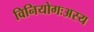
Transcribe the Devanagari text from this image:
विनियोगःअस्य